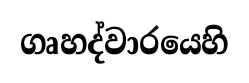
ගෘහද්වාරයෙහි